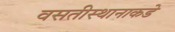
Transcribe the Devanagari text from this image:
वसतीस्थानाकडे